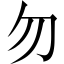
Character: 勿